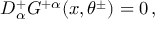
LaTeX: { \cal D } _ { \alpha } ^ { + } G ^ { + \alpha } ( x , \theta ^ { \pm } ) = 0 \, ,